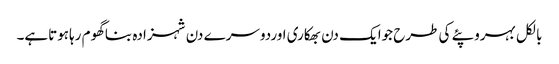
بالکل بہروپئے کی طرح جوایک دن بھکاری اوردوسرے دن شہزادہ بناگھوم رہاہوتاہے۔